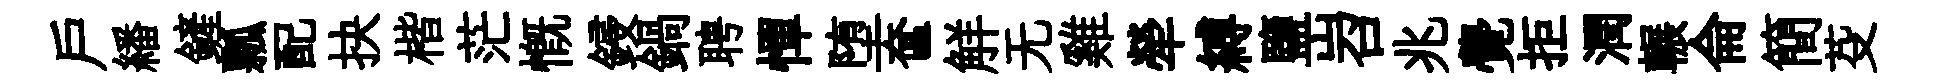
戸繙鏟瓢配抉楷茫慨鋟鍋聘憚堕奩觧无雞犖縛鹽岧兆覺拒潤輾侖簡芟